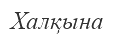
Халқына